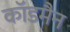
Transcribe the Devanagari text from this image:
कॉडमैन